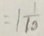
= 1 \frac { 1 } { 1 0 }